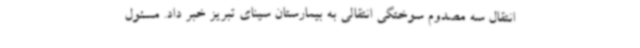
انتقال سه مصدوم سوختگی انتقالی به بیمارستان سینای تبریز خبر داد. مسئول